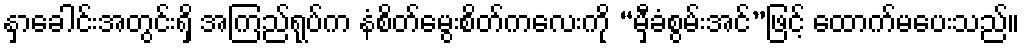
နှာခေါင်းအတွင်းရှိ အကြည်ရုပ်က နံစိတ်မွေးစိတ်ကလေးကို “မှီခံစွမ်းအင်”ဖြင့် ထောက်မပေးသည်။